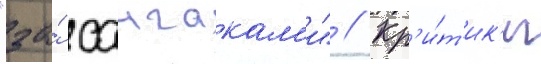
"за́ саигакам'и" // Кр'и́т'ик'и